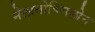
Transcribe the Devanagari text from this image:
मेलानोक्सिलोन